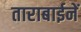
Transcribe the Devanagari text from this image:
ताराबाईनें